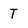
Character: T